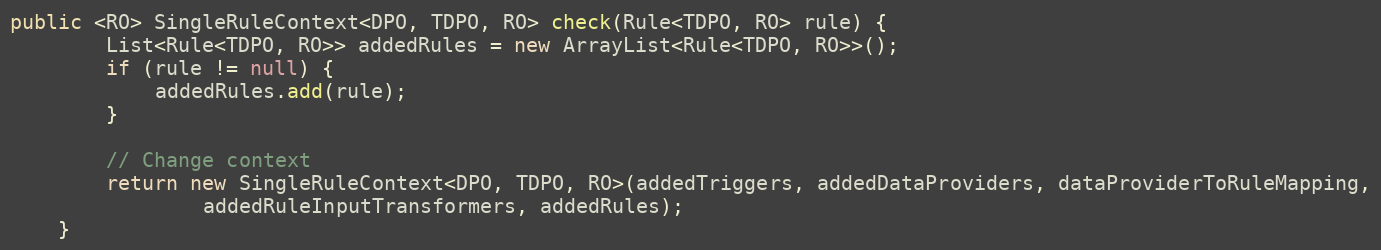
Language: Java
public <RO> SingleRuleContext<DPO, TDPO, RO> check(Rule<TDPO, RO> rule) {
        List<Rule<TDPO, RO>> addedRules = new ArrayList<Rule<TDPO, RO>>();
        if (rule != null) {
            addedRules.add(rule);
        }

        // Change context
        return new SingleRuleContext<DPO, TDPO, RO>(addedTriggers, addedDataProviders, dataProviderToRuleMapping,
                addedRuleInputTransformers, addedRules);
    }